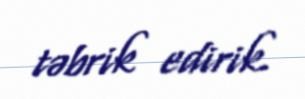
təbrik edirik.